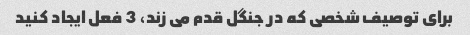
برای توصیف شخصی که در جنگل قدم می زند، 3 فعل ایجاد کنید